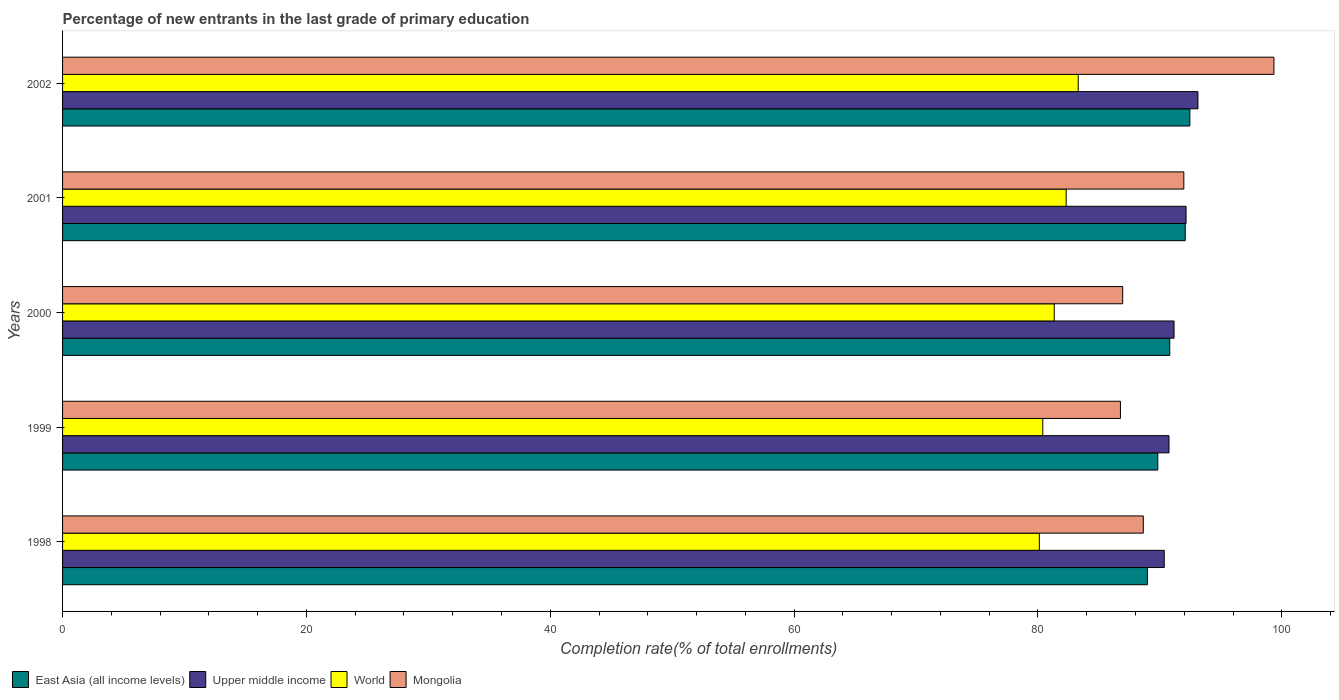
| Years | East Asia (all income levels) | Upper middle income | World | Mongolia |
 | --- | --- | --- | --- | --- |
 | 1998 | 89 | 90.4 | 80.1 | 88.6 |
 | 1999 | 89.8 | 90.7 | 80.4 | 86.8 |
 | 2000 | 90.8 | 91.2 | 81.3 | 86.9 |
 | 2001 | 92.1 | 92.1 | 82.3 | 92 |
 | 2002 | 92.5 | 93.1 | 83.3 | 99.4 |